Malaria in India - Number 2
Disease focus: Malaria
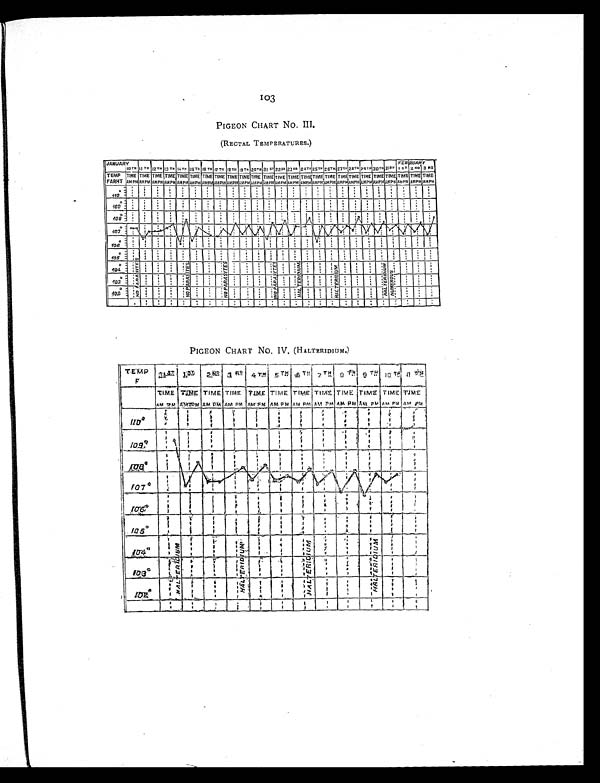
103
PIGEON CHART No. III.
(RECTAL TEMPERATURES.)
PIGEON CHART No. IV. (HALTERIDIUM.)